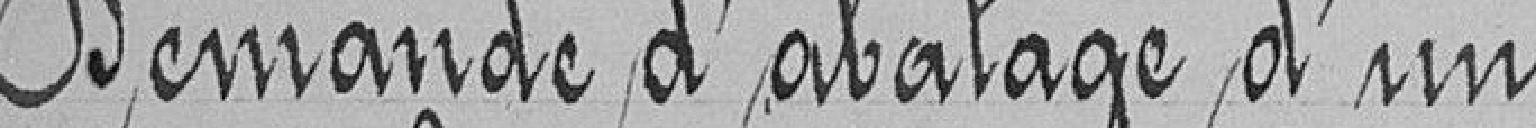
Demande d'abattage d'un